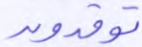
توقدون